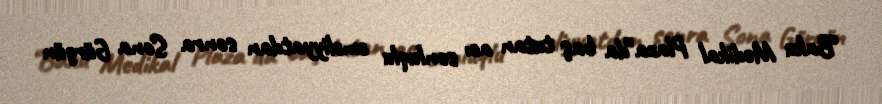
“Baku Medikal Plaza”da baş tutan acı sonluqlu əməliyyatdan sonra Sona Gürgün